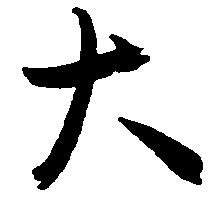
大